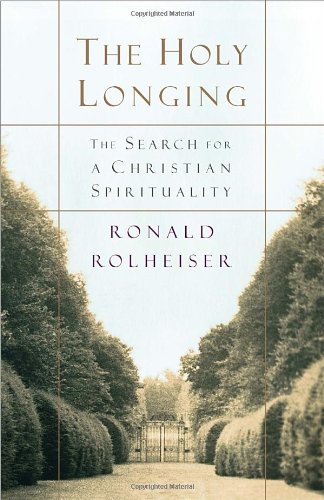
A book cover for The Holy Longing: The Search for a Christian Spirituality; Ronald Rolheiser; Christian Books & Bibles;